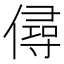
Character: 𠎅